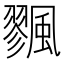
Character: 𩘷